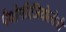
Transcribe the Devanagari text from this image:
पैथोफीजियोलोजी